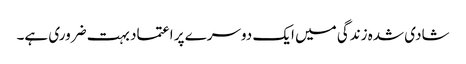
شادی شدہ زندگی میں ایک دوسرے پر اعتماد بہت ضروری ہے۔